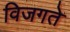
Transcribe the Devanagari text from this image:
विजगते